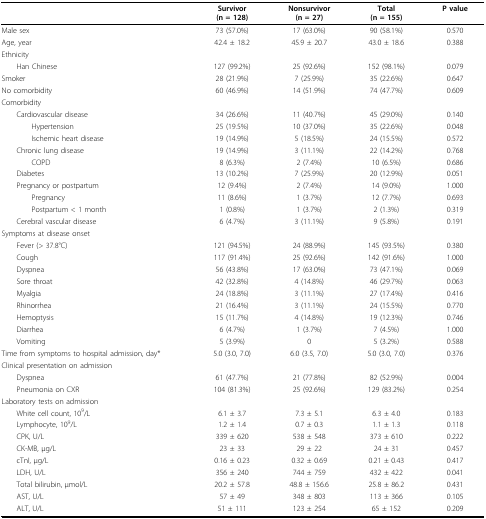
<table><thead><tr><td></td><td><b>Survivor(n = 128)</b></td><td><b>Nonsurvivor(n = 27)</b></td><td><b>Total(n = 155)</b></td><td><b>P value</b></td></tr></thead><tbody><tr><td>Male sex</td><td>73 (57.0%)</td><td>17 (63.0%)</td><td>90 (58.1%)</td><td>0.570</td></tr><tr><td>Age, year</td><td>42.4 ± 18.2</td><td>45.9 ± 20.7</td><td>43.0 ± 18.6</td><td>0.388</td></tr><tr><td>Ethnicity</td><td></td><td></td><td></td><td></td></tr><tr><td> Han Chinese</td><td>127 (99.2%)</td><td>25 (92.6%)</td><td>152 (98.1%)</td><td>0.079</td></tr><tr><td>Smoker</td><td>28 (21.9%)</td><td>7 (25.9%)</td><td>35 (22.6%)</td><td>0.647</td></tr><tr><td>No comorbidity</td><td>60 (46.9%)</td><td>14 (51.9%)</td><td>74 (47.7%)</td><td>0.609</td></tr><tr><td>Comorbidity</td><td></td><td></td><td></td><td></td></tr><tr><td> Cardiovascular disease</td><td>34 (26.6%)</td><td>11 (40.7%)</td><td>45 (29.0%)</td><td>0.140</td></tr><tr><td>Hypertension</td><td>25 (19.5%)</td><td>10 (37.0%)</td><td>35 (22.6%)</td><td>0.048</td></tr><tr><td>Ischemic heart disease</td><td>19 (14.9%)</td><td>5 (18.5%)</td><td>24 (15.5%)</td><td>0.572</td></tr><tr><td> Chronic lung disease</td><td>19 (14.9%)</td><td>3 (11.1%)</td><td>22 (14.2%)</td><td>0.768</td></tr><tr><td>COPD</td><td>8 (6.3%)</td><td>2 (7.4%)</td><td>10 (6.5%)</td><td>0.686</td></tr><tr><td> Diabetes</td><td>13 (10.2%)</td><td>7 (25.9%)</td><td>20 (12.9%)</td><td>0.051</td></tr><tr><td> Pregnancy or postpartum</td><td>12 (9.4%)</td><td>2 (7.4%)</td><td>14 (9.0%)</td><td>1.000</td></tr><tr><td>Pregnancy</td><td>11 (8.6%)</td><td>1 (3.7%)</td><td>12 (7.7%)</td><td>0.693</td></tr><tr><td>Postpartum &lt; 1 month</td><td>1 (0.8%)</td><td>1 (3.7%)</td><td>2 (1.3%)</td><td>0.319</td></tr><tr><td> Cerebral vascular disease</td><td>6 (4.7%)</td><td>3 (11.1%)</td><td>9 (5.8%)</td><td>0.191</td></tr><tr><td>Symptoms at disease onset</td><td></td><td></td><td></td><td></td></tr><tr><td> Fever (&gt; 37.8°C)</td><td>121 (94.5%)</td><td>24 (88.9%)</td><td>145 (93.5%)</td><td>0.380</td></tr><tr><td> Cough</td><td>117 (91.4%)</td><td>25 (92.6%)</td><td>142 (91.6%)</td><td>1.000</td></tr><tr><td> Dyspnea</td><td>56 (43.8%)</td><td>17 (63.0%)</td><td>73 (47.1%)</td><td>0.069</td></tr><tr><td> Sore throat</td><td>42 (32.8%)</td><td>4 (14.8%)</td><td>46 (29.7%)</td><td>0.063</td></tr><tr><td> Myalgia</td><td>24 (18.8%)</td><td>3 (11.1%)</td><td>27 (17.4%)</td><td>0.416</td></tr><tr><td> Rhinorrhea</td><td>21 (16.4%)</td><td>3 (11.1%)</td><td>24 (15.5%)</td><td>0.770</td></tr><tr><td> Hemoptysis</td><td>15 (11.7%)</td><td>4 (14.8%)</td><td>19 (12.3%)</td><td>0.746</td></tr><tr><td> Diarrhea</td><td>6 (4.7%)</td><td>1 (3.7%)</td><td>7 (4.5%)</td><td>1.000</td></tr><tr><td> Vomiting</td><td>5 (3.9%)</td><td>0</td><td>5 (3.2%)</td><td>0.588</td></tr><tr><td>Time from symptoms to hospital admission, day*</td><td>5.0 (3.0, 7.0)</td><td>6.0 (3.5, 7.0)</td><td>5.0 (3.0, 7.0)</td><td>0.376</td></tr><tr><td colspan="5">Clinical presentation on admission</td></tr><tr><td> Dyspnea</td><td>61 (47.7%)</td><td>21 (77.8%)</td><td>82 (52.9%)</td><td>0.004</td></tr><tr><td> Pneumonia on CXR</td><td>104 (81.3%)</td><td>25 (92.6%)</td><td>129 (83.2%)</td><td>0.254</td></tr><tr><td>Laboratory tests on admission</td><td></td><td></td><td></td><td></td></tr><tr><td> White cell count, 10<sup>9</sup>/L</td><td>6.1 ± 3.7</td><td>7.3 ± 5.1</td><td>6.3 ± 4.0</td><td>0.183</td></tr><tr><td> Lymphocyte, 10<sup>9</sup>/L</td><td>1.2 ± 1.4</td><td>0.7 ± 0.3</td><td>1.1 ± 1.3</td><td>0.118</td></tr><tr><td> CPK, U/L</td><td>339 ± 620</td><td>538 ± 548</td><td>373 ± 610</td><td>0.222</td></tr><tr><td> CK-MB, μg/L</td><td>23 ± 33</td><td>29 ± 22</td><td>24 ± 31</td><td>0.457</td></tr><tr><td> cTnI, μg/L</td><td>0.16 ± 0.23</td><td>0.32 ± 0.69</td><td>0.21 ± 0.43</td><td>0.417</td></tr><tr><td> LDH, U/L</td><td>356 ± 240</td><td>744 ± 759</td><td>432 ± 422</td><td>0.041</td></tr><tr><td> Total bilirubin, μmol/L</td><td>20.2 ± 57.8</td><td>48.8 ± 156.6</td><td>25.8 ± 86.2</td><td>0.431</td></tr><tr><td> AST, U/L</td><td>57 ± 49</td><td>348 ± 803</td><td>113 ± 366</td><td>0.105</td></tr><tr><td> ALT, U/L</td><td>51 ± 111</td><td>123 ± 254</td><td>65 ± 152</td><td>0.209</td></tr></tbody></table>